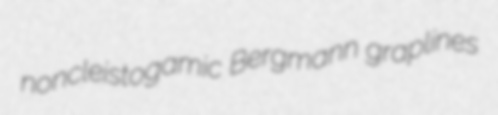
noncleistogamic Bergmann graplines